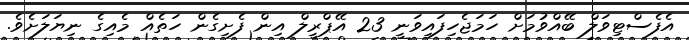
އެފެސްޓިވަލް ބޭއްވުމަށް ހަމަޖެހިފައިވަނީ 23 އޭޕްރީލް އިން ފެށިގެން ހަތެއް މެއިގެ ނިޔަލަށެވެ.